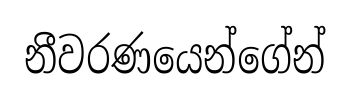
නීවරණයෙන්ගේන්